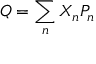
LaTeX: Q = \sum _ { n } X _ { n } P _ { n }